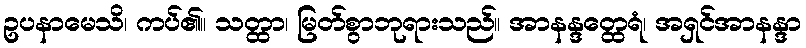
ဥပနာမေသိ၊ ကပ်၏။ သတ္ထာ၊ မြတ်စွာဘုရားသည်။ အာနန္ဒတ္ထေရံ၊ အရှင်အာနန္ဒာ